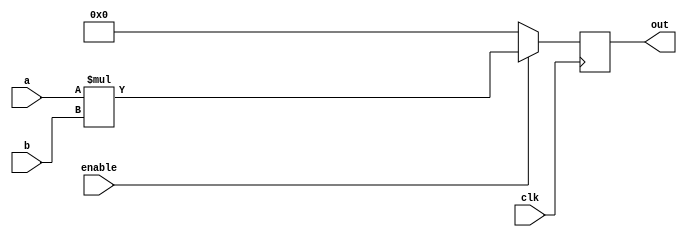
module multiplier(
	input		[3:0] a,
	input 	[3:0] b,
	input				clk,
	input 			enable,
	output reg	[7:0] out
	);
	
	initial out = 0;
	
	always @(posedge clk)
		if (enable == 1)
			out = a * b;
		else
			out = 0;

endmodule